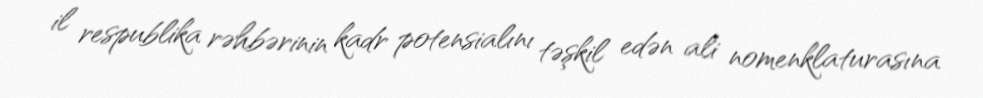
il respublika rəhbərinin kadr potensialını təşkil edən ali nomenklaturasına